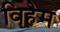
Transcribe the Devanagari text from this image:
विहेम